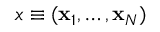
x \equiv ( { \bf x } _ { 1 } , \ldots , { \bf x } _ { N } )